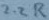
Text: 2.2R